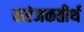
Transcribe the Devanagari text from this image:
करंजकतीर्थ